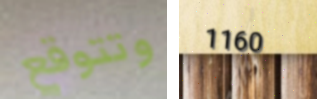
وتتوقع 1160